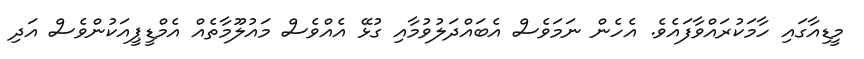
މީޑިއާގައި ހާމަކުރައްވާފައެެވެ. އެހެން ނަމަވެސް އެބައްދަލުވުމާއި ގުޅޭ އެއްވެސް މައުލޫމާތެއް އެމްޑީޕީއަކުންވެސް އަދި